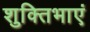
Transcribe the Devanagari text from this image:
शुक्तिभाएं